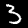
Label: 3